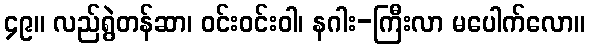
၄၉။ လည်ရွဲတန်ဆာ၊ ဝင်းဝင်းဝါ၊ နဂါး-ကြီးလာ မပေါက်လော။